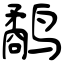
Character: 鹬